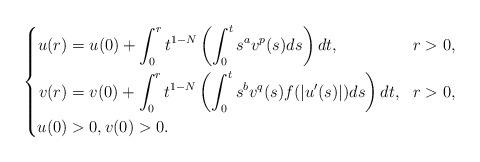
LaTeX: \begin{align*}\left\{ \begin{aligned} u(r)&=u(0)+\int_{0}^{r}t^{1-N}\left(\int_{0}^{t}s^{a}v^{p}(s)ds\right)dt, &&r>0,\\ v(r)&=v(0)+\int_{0}^{r}t^{1-N}\left(\int_{0}^{t}s^{b}v^{q}(s)f(|u'(s)|)ds\right)dt, &&r>0,\\ u(0)&>0, v(0)>0. \end{aligned}\right.\end{align*}